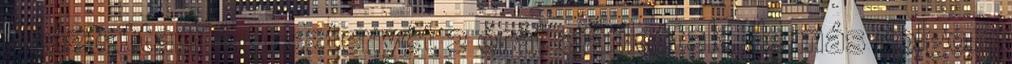
Beáztattam a gesztenyét 2 órát ajánlottak, de más dolgom